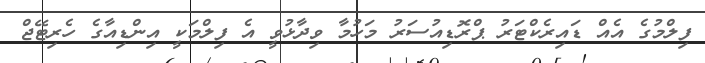
ފިލްމުގެ އެއް ޑައިރެކްޓަރު ޕްރޮޑިއުސަރު މަހުމާ ވިދާޅުވީ އެ ފިލްމަކީ އިންޑިއާގެ ހެރިޓޭޖް